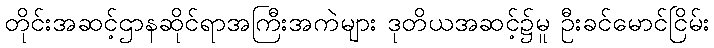
တိုင်းအဆင့်ဌာနဆိုင်ရာအကြီးအကဲများ ဒုတိယအဆင့်၌မူ ဦးခင်မောင်ငြိမ်း